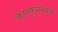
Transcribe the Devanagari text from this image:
कान्कुनेन्सेस